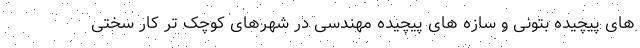
های پیچیده بتونی و سازه های پیچیده مهندسی در شهرهای کوچک تر کار سختی